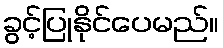
ခွင့်ပြုနိုင်ပေမည်။